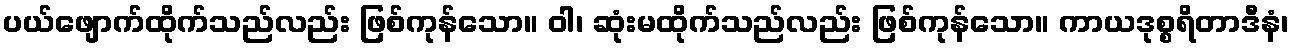
ပယ်ဖျောက်ထိုက်သည်လည်း ဖြစ်ကုန်သော။ ဝါ၊ ဆုံးမထိုက်သည်လည်း ဖြစ်ကုန်သော။ ကာယဒုစ္စရိတာဒီနံ၊